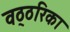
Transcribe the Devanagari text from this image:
वठ्ठरिका